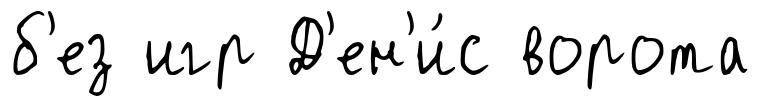
б'ез игр Д'ен'и́с ворота